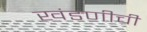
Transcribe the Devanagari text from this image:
खंडणीची